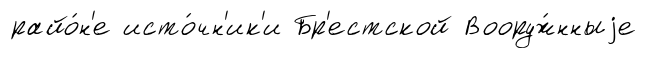
райо́н'е исто́чн'ик'и Бр'естской Вооруж́нныjе